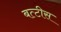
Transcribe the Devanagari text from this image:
बत्टीस